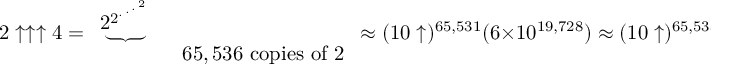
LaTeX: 2 \uparrow \uparrow \uparrow 4 = { \begin{array} { l } { \underbrace { 2 _ { } ^ { 2 ^ { { } ^ { . \, ^ { . \, ^ { . \, ^ { 2 } } } } } } } } \\ { \qquad \quad \ \ \ 6 5 , 5 3 6 { \mathrm { ~ c o p i e s ~ o f ~ } } 2 } \end{array} } \approx ( 1 0 \uparrow ) ^ { 6 5 , 5 3 1 } ( 6 \times 1 0 ^ { 1 9 , 7 2 8 } ) \approx ( 1 0 \uparrow ) ^ { 6 5 , 5 3 3 } 4 . 3